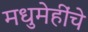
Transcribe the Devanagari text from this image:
मधुमेहींचे